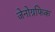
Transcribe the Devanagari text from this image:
जेनोग्रफिक